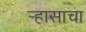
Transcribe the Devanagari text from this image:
र्‍हासाचा